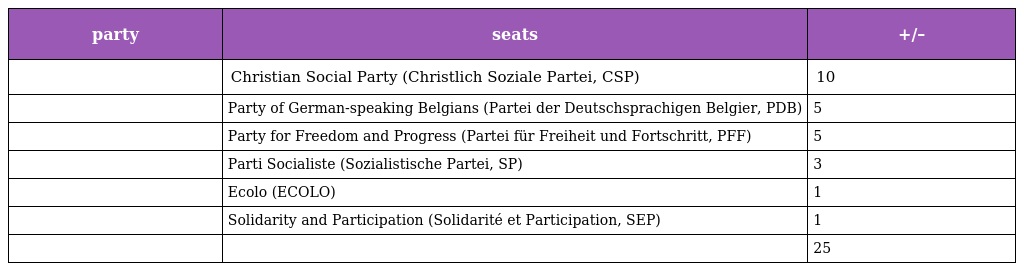
| party | seats | +/– |
 | --- | --- | --- |
 |  | Christian Social Party (Christlich Soziale Partei, CSP) | 10 |
 |  | Party of German-speaking Belgians (Partei der Deutschsprachigen Belgier, PDB) | 5 |
 |  | Party for Freedom and Progress (Partei für Freiheit und Fortschritt, PFF) | 5 |
 |  | Parti Socialiste (Sozialistische Partei, SP) | 3 |
 |  | Ecolo (ECOLO) | 1 |
 |  | Solidarity and Participation (Solidarité et Participation, SEP) | 1 |
 |  |  | 25 |